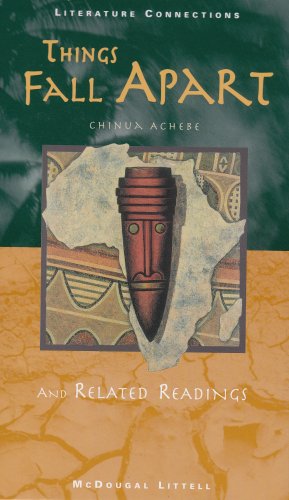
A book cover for Things Fall Apart and Related Readings (Literature Connections) (McDougal Littell Literature Connections); Chinua Achebe; Literature & Fiction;